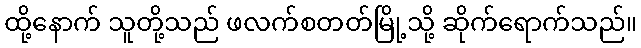
ထို့နောက် သူတို့သည် ဖလက်စတတ်မြို့သို့ ဆိုက်ရောက်သည်။